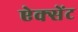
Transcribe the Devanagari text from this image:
ऐक्सेंट